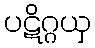
ပဋိဂ္ဂယှ